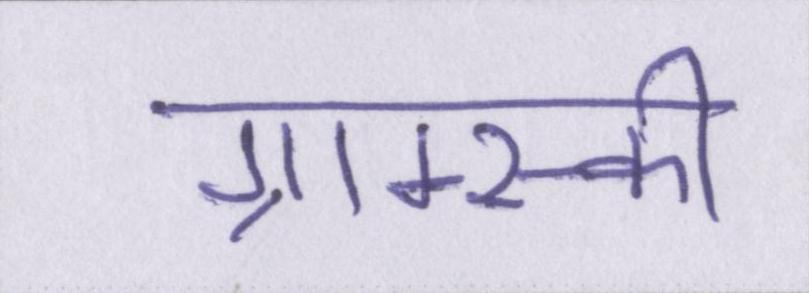
ग्राम्स्की